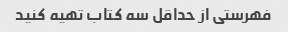
فهرستی از حداقل سه کتاب تهیه کنید